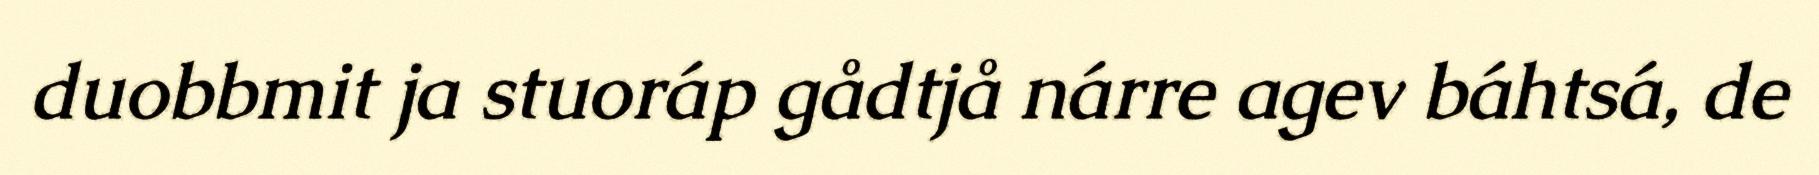
duobbmit ja stuoráp gådtjå nárre agev báhtsá, de